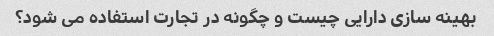
بهینه سازی دارایی چیست و چگونه در تجارت استفاده می شود؟